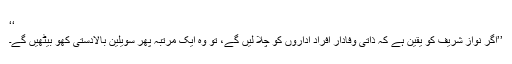
‘‘
’’اگر نواز شریف کو یقین ہے کہ ذاتی وفادار افراد اداروں کو چلا لیں گے، تو وہ ایک مرتبہ پھر سویلین بالادستی کھو بیٹھیں گے۔